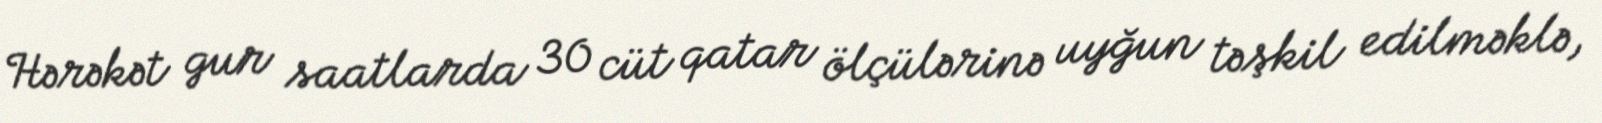
Hərəkət gur saatlarda 30 cüt qatar ölçülərinə uyğun təşkil edilməklə,